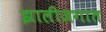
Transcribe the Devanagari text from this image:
झालीजगात